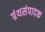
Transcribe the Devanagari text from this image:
ग्रंथसंपादक